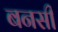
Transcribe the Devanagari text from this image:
बनसी